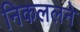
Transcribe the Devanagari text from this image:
निकललने